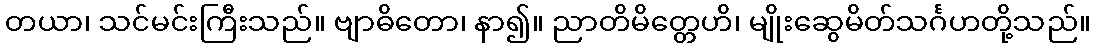
တယာ၊ သင်မင်းကြီးသည်။ ဗျာဓိတော၊ နာ၍။ ညာတိမိတ္တေဟိ၊ မျိုးဆွေမိတ်သင်္ဂဟတို့သည်။